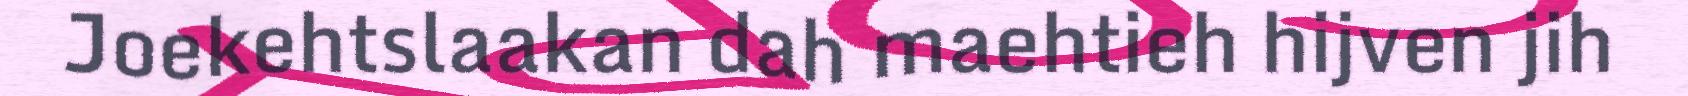
Joekehtslaakan dah maehtieh hijven jih